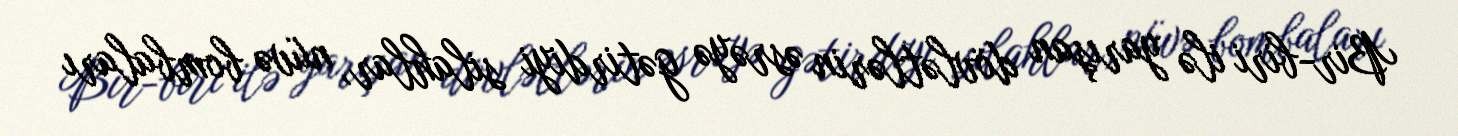
Bir-biri ilə yarışan dövlətlərin əsrəyə gətirdiyi silahlar, nüvə bombaları